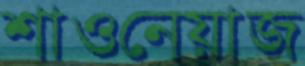
শাওনেয়াজ